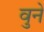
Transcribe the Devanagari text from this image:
वुने